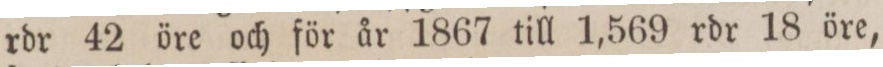
rdr 42 öre och för år 1867 till 1,569 rdr 18 öre,